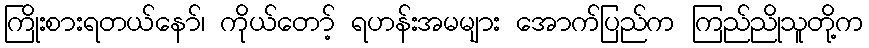
ကြိုးစားရတယ်နော်၊ ကိုယ်တော့် ရဟန်းအမများ အောက်ပြည်က ကြည်ညိုသူတို့က